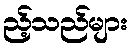
ည့်သည်များ